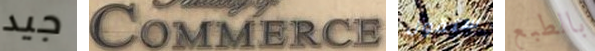
جيد Commerce ستقول بالطبع